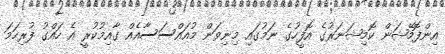
އިންފޮމޭޝަން ކޮމިޝަނަރުގެ އޮފީހުގެ ނަމުގައި މިނިވަން މުއައްސަސާއެއް ގާއިމުކުރީ އެ ހައްގު ފުރިހަމަ